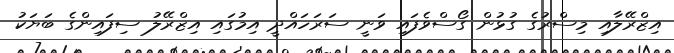
އިޒްރޭލާއި މިސްރުގެ ގުޅުން ގޯސްވެފައި ވަނީ ސަރަހައްދީ އިމުގައި އިޒްރޭލު ސިފައިންގެ ބަޔަކު